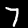
Label: 7